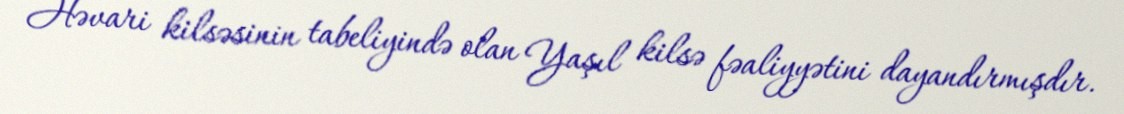
Həvari kilsəsinin tabeliyində olan Yaşıl kilsə fəaliyyətini dayandırmışdır.